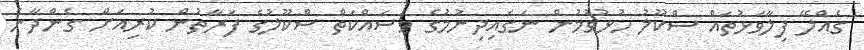
ގެއްލޭ ފިލާވަޅުތައް ސްކޫލު ހުޅުވުމުން ނަގައިދިނުމުގެ މަސައްކަތް ސްކޫލުގެ ފަރާތުން ކުރިއަށް ގެންދާނެ